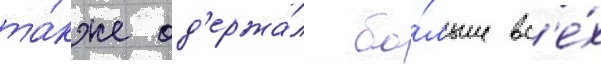
та́кже од'ержа́л бо́льше вс'е́х